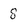
Character: 8